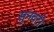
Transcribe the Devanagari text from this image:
सुनवटी